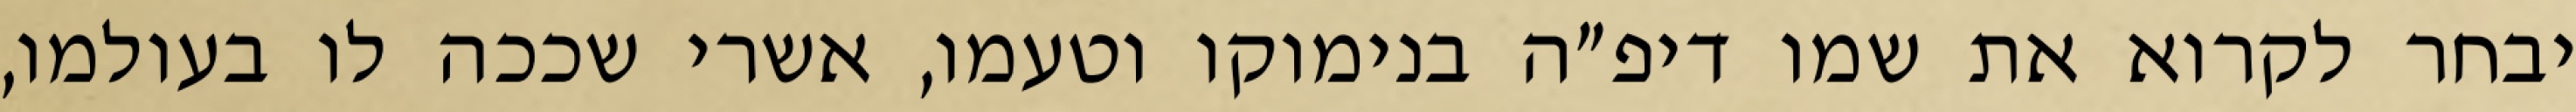
יבחר לקרוא את שמו דיפ״ה בנימוקו וטעמו, אשרי שככה לו בעולמו,